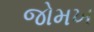
જોમખ